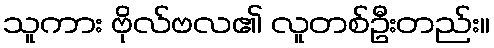
သူကား ဗိုလ်ဗလ၏ လူတစ်ဦးတည်း။